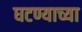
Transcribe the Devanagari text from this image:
घटण्याच्या